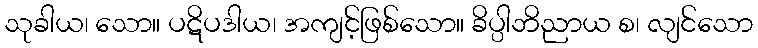
သုခါယ၊ သော။ ပဋိပဒါယ၊ အကျင့်ဖြစ်သော။ ခိပ္ပါဘိညာယ စ၊ လျင်သော